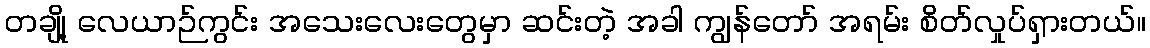
တချို့ လေယာဉ်ကွင်း အသေးလေးတွေမှာ ဆင်းတဲ့ အခါ ကျွန်တော် အရမ်း စိတ်လှုပ်ရှားတယ်။